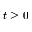
t \geq 0